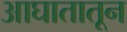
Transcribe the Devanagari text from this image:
आघातातून